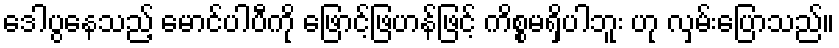
ဒေါပွနေသည့် မောင်ပါပီကို ဖြောင့်ဖြဟန်ဖြင့် ကိစ္စမရှိပါဘူး ဟု လှမ်းပြောသည်။